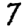
Digit: 7